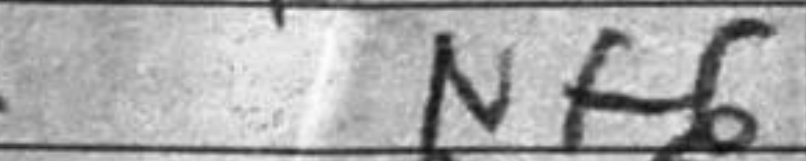
Transcription: Nf6